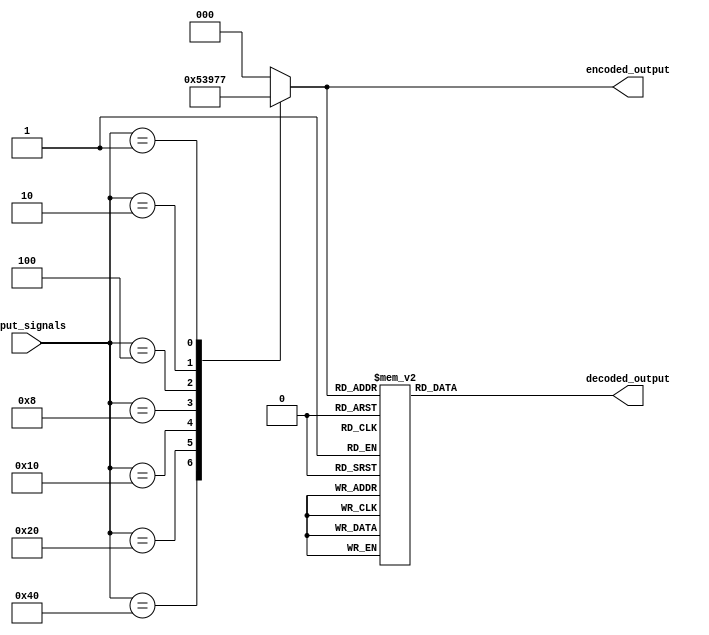
module priority_encoder_decoder (
    input [7:0] input_signals,
    output reg [2:0] encoded_output,
    output reg [7:0] decoded_output
);

// Priority Encoder module
always @* begin
    case(input_signals)
        8'b10000000: encoded_output = 3'b000; // Highest priority
        8'b01000000: encoded_output = 3'b001;
        8'b00100000: encoded_output = 3'b010;
        8'b00010000: encoded_output = 3'b011;
        8'b00001000: encoded_output = 3'b100;
        8'b00000100: encoded_output = 3'b101;
        8'b00000010: encoded_output = 3'b110;
        8'b00000001: encoded_output = 3'b111; // Lowest priority
        default: encoded_output = 3'b000; // default to highest priority
    endcase
end

// Decoder module
always @* begin
    case(encoded_output)
        3'b000: decoded_output = 8'b10000000;
        3'b001: decoded_output = 8'b01000000;
        3'b010: decoded_output = 8'b00100000;
        3'b011: decoded_output = 8'b00010000;
        3'b100: decoded_output = 8'b00001000;
        3'b101: decoded_output = 8'b00000100;
        3'b110: decoded_output = 8'b00000010;
        3'b111: decoded_output = 8'b00000001;
        default: decoded_output = 8'b10000000; // default to highest priority
    endcase
end

endmodule